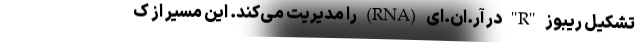
تشکیل ریبوز "R" در آر.ان.ای (RNA) را مدیریت می‌کند. این مسیر از ک